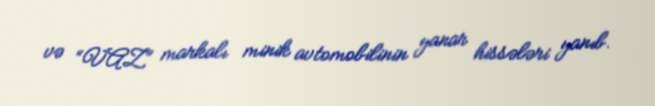
və “VAZ” markalı minik avtomobilinin yanar hissələri yanıb.